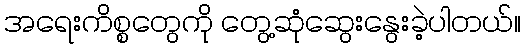
အရေးကိစ္စတွေကို တွေ့ဆုံဆွေးနွေးခဲ့ပါတယ်။